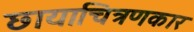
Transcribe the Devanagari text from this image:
छायाचित्रणकार